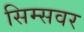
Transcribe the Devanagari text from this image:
सिम्सवर